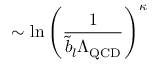
\sim \ln \left( \frac { 1 } { \tilde { b } _ { l } \Lambda _ { \mathrm { Q C D } } } \right) ^ { \kappa }